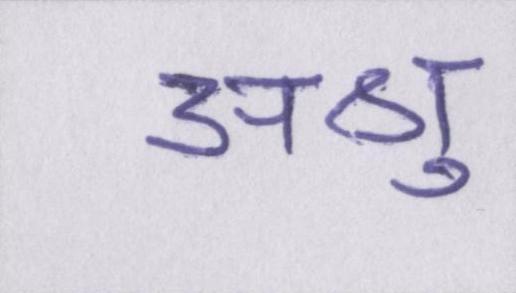
अश्रु